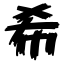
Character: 希